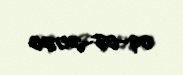
09-08-2020